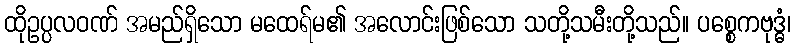
ထိုဥပ္ပလဝဏ် အမည်ရှိသော မထေရ်မ၏ အလောင်းဖြစ်သော သတို့သမီးတို့သည်။ ပစ္စေကဗုဒ္ဓံ၊